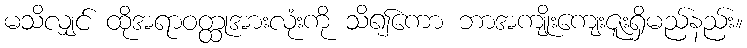
မသိလျှင် ထိုအရာဝတ္ထုအားလုံးကို သိ၍ကော ဘာအကျိုးကျေးဇူးရှိမည်နည်း။